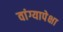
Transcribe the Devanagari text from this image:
वांग्यापेक्षा